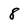
Character: 8